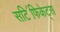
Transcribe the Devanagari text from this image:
सटि॔फिकेट्स